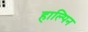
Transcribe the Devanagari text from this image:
हाल्पिन